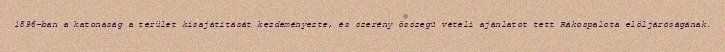
1896-ban a katonaság a terület kisajátítását kezdeményezte, és szerény összegű vételi ajánlatot tett Rákospalota elöljáróságának.